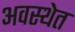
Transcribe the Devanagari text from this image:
अवस्‍थेत